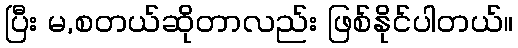
ပြီး မ,စတယ်ဆိုတာလည်း ဖြစ်နိုင်ပါတယ်။